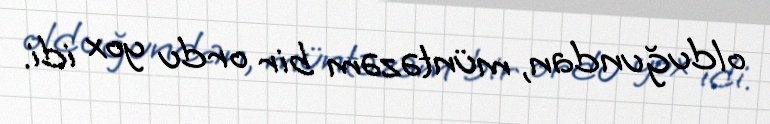
olduğundan, müntəzəm bir ordu yox idi.